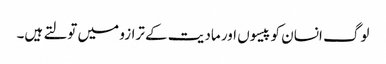
لوگ انسان کو پیسوں اور مادیت کے ترازو میں تولتے ہیں۔